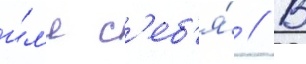
и́л'и с'еб'я́ // В